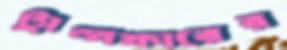
ট্রান্সফারের